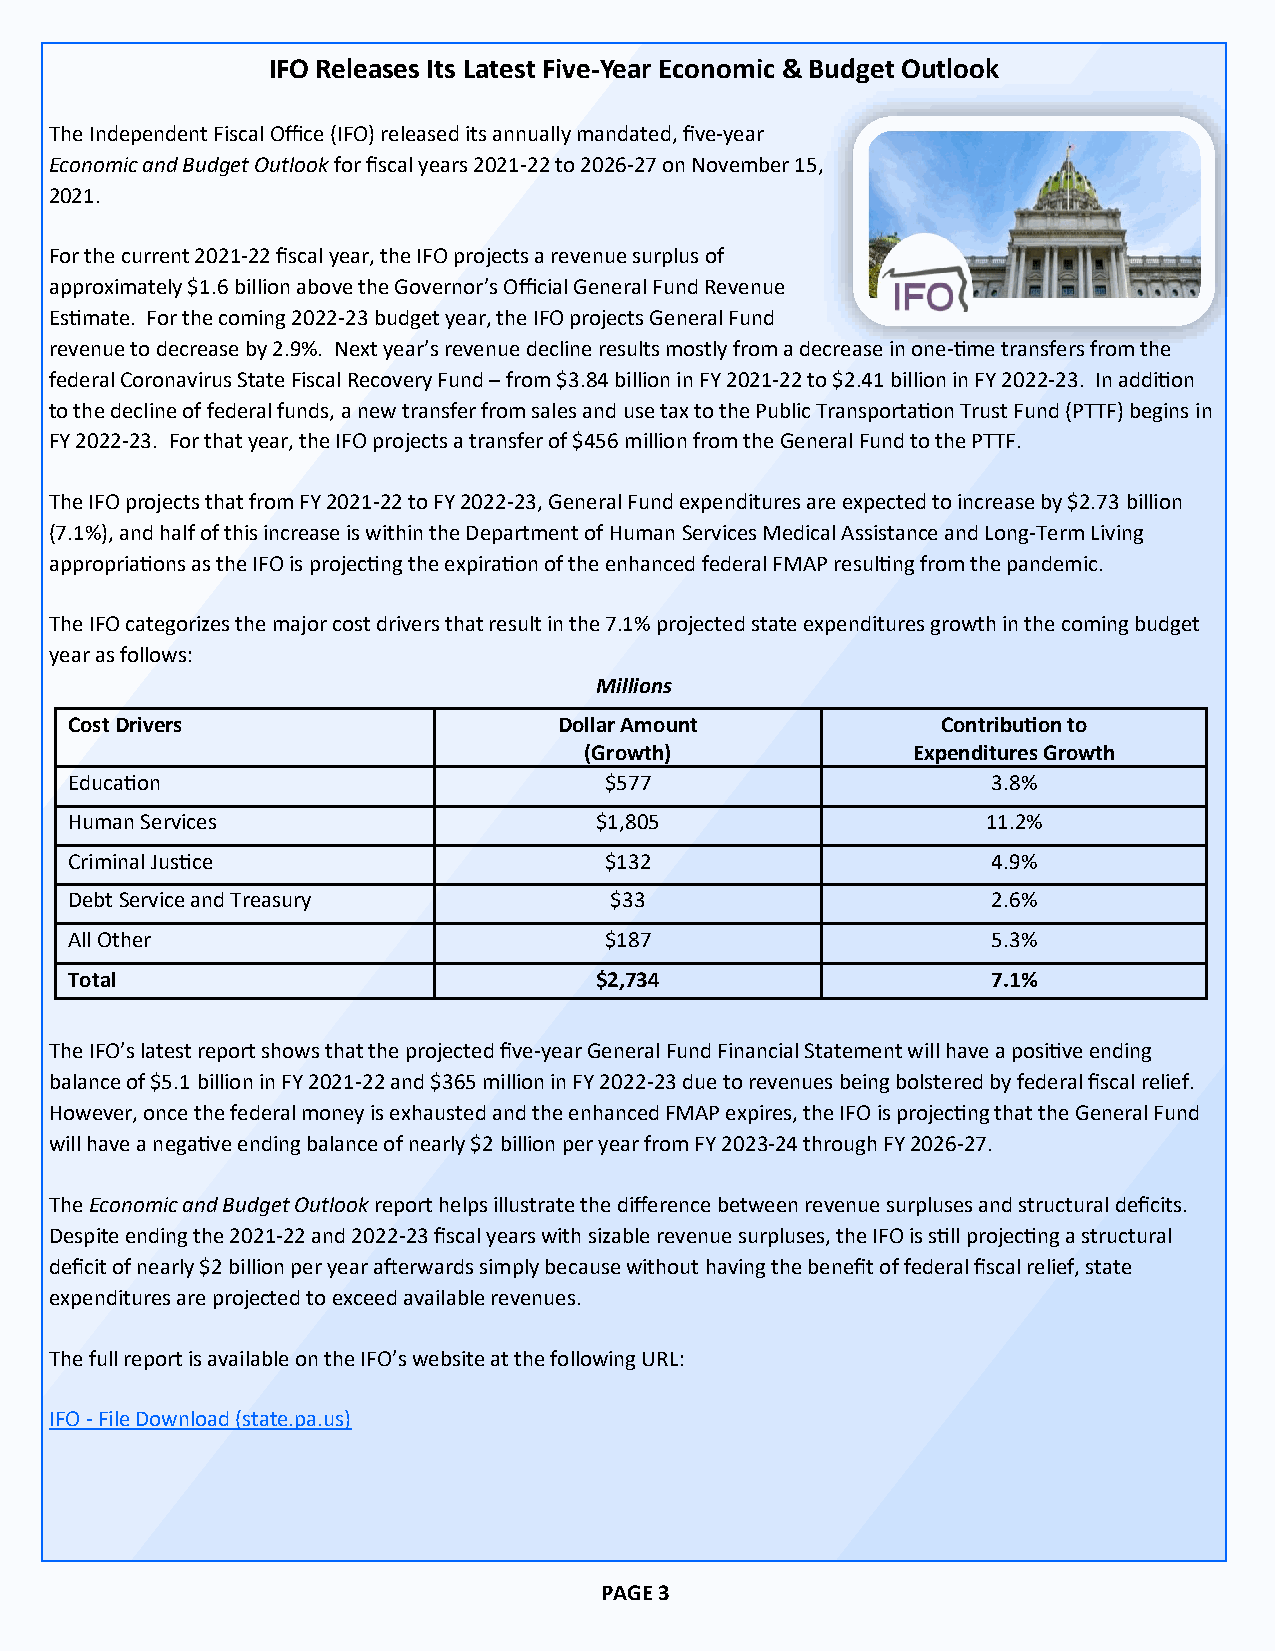
IFO Releases Its Latest Five-Year Economic & Budget Outlook
 The Independent Fiscal Office (IFO) released its annually mandated, five-year
 Economic and Budget Outlook for fiscal years 2021-22 to 2026-27 on November 15,
 2021.
 For the current 2021-22 fiscal year, the IFO projects a revenue surplus of
 approximately $1.6 billion above the Governor’s Official General Fund Revenue
 Estimate. For the coming 2022-23 budget year, the IFO projects General Fund
 revenue to decrease by 2.9%. Next year’s revenue decline results mostly from a decrease in one-time transfers from the
 federal Coronavirus State Fiscal Recovery Fund – from $3.84 billion in FY 2021-22 to $2.41 billion in FY 2022-23. In addition
 to the decline of federal funds, a new transfer from sales and use tax to the Public Transportation Trust Fund (PTTF) begins in
 FY 2022-23. For that year, the IFO projects a transfer of $456 million from the General Fund to the PTTF.
 The IFO projects that from FY 2021-22 to FY 2022-23, General Fund expenditures are expected to increase by $2.73 billion
 (7.1%), and half of this increase is within the Department of Human Services Medical Assistance and Long-Term Living
 appropriations as the IFO is projecting the expiration of the enhanced federal FMAP resulting from the pandemic.
 The IFO categorizes the major cost drivers that result in the 7.1% projected state expenditures growth in the coming budget
 year as follows:
 Millions
 Cost Drivers                    Dollar Amount            Contribution to
 (Growth)             Expenditures Growth
 Education                          $577                      3.8%
 Human Services                    $1,805                    11.2%
 Criminal Justice                   $132                      4.9%
 Debt Service and Treasury          $33                       2.6%
 All Other                          $187                      5.3%
 Total                             $2,734                     7.1%
 The IFO’s latest report shows that the projected five-year General Fund Financial Statement will have a positive ending
 balance of $5.1 billion in FY 2021-22 and $365 million in FY 2022-23 due to revenues being bolstered by federal fiscal relief.
 However, once the federal money is exhausted and the enhanced FMAP expires, the IFO is projecting that the General Fund
 will have a negative ending balance of nearly $2 billion per year from FY 2023-24 through FY 2026-27.
 The Economic and Budget Outlook report helps illustrate the difference between revenue surpluses and structural deficits.
 Despite ending the 2021-22 and 2022-23 fiscal years with sizable revenue surpluses, the IFO is still projecting a structural
 deficit of nearly $2 billion per year afterwards simply because without having the benefit of federal fiscal relief, state
 expenditures are projected to exceed available revenues.
 The full report is available on the IFO’s website at the following URL:
 IFO - File Download (state.pa.us)
 3
 PAGE 3